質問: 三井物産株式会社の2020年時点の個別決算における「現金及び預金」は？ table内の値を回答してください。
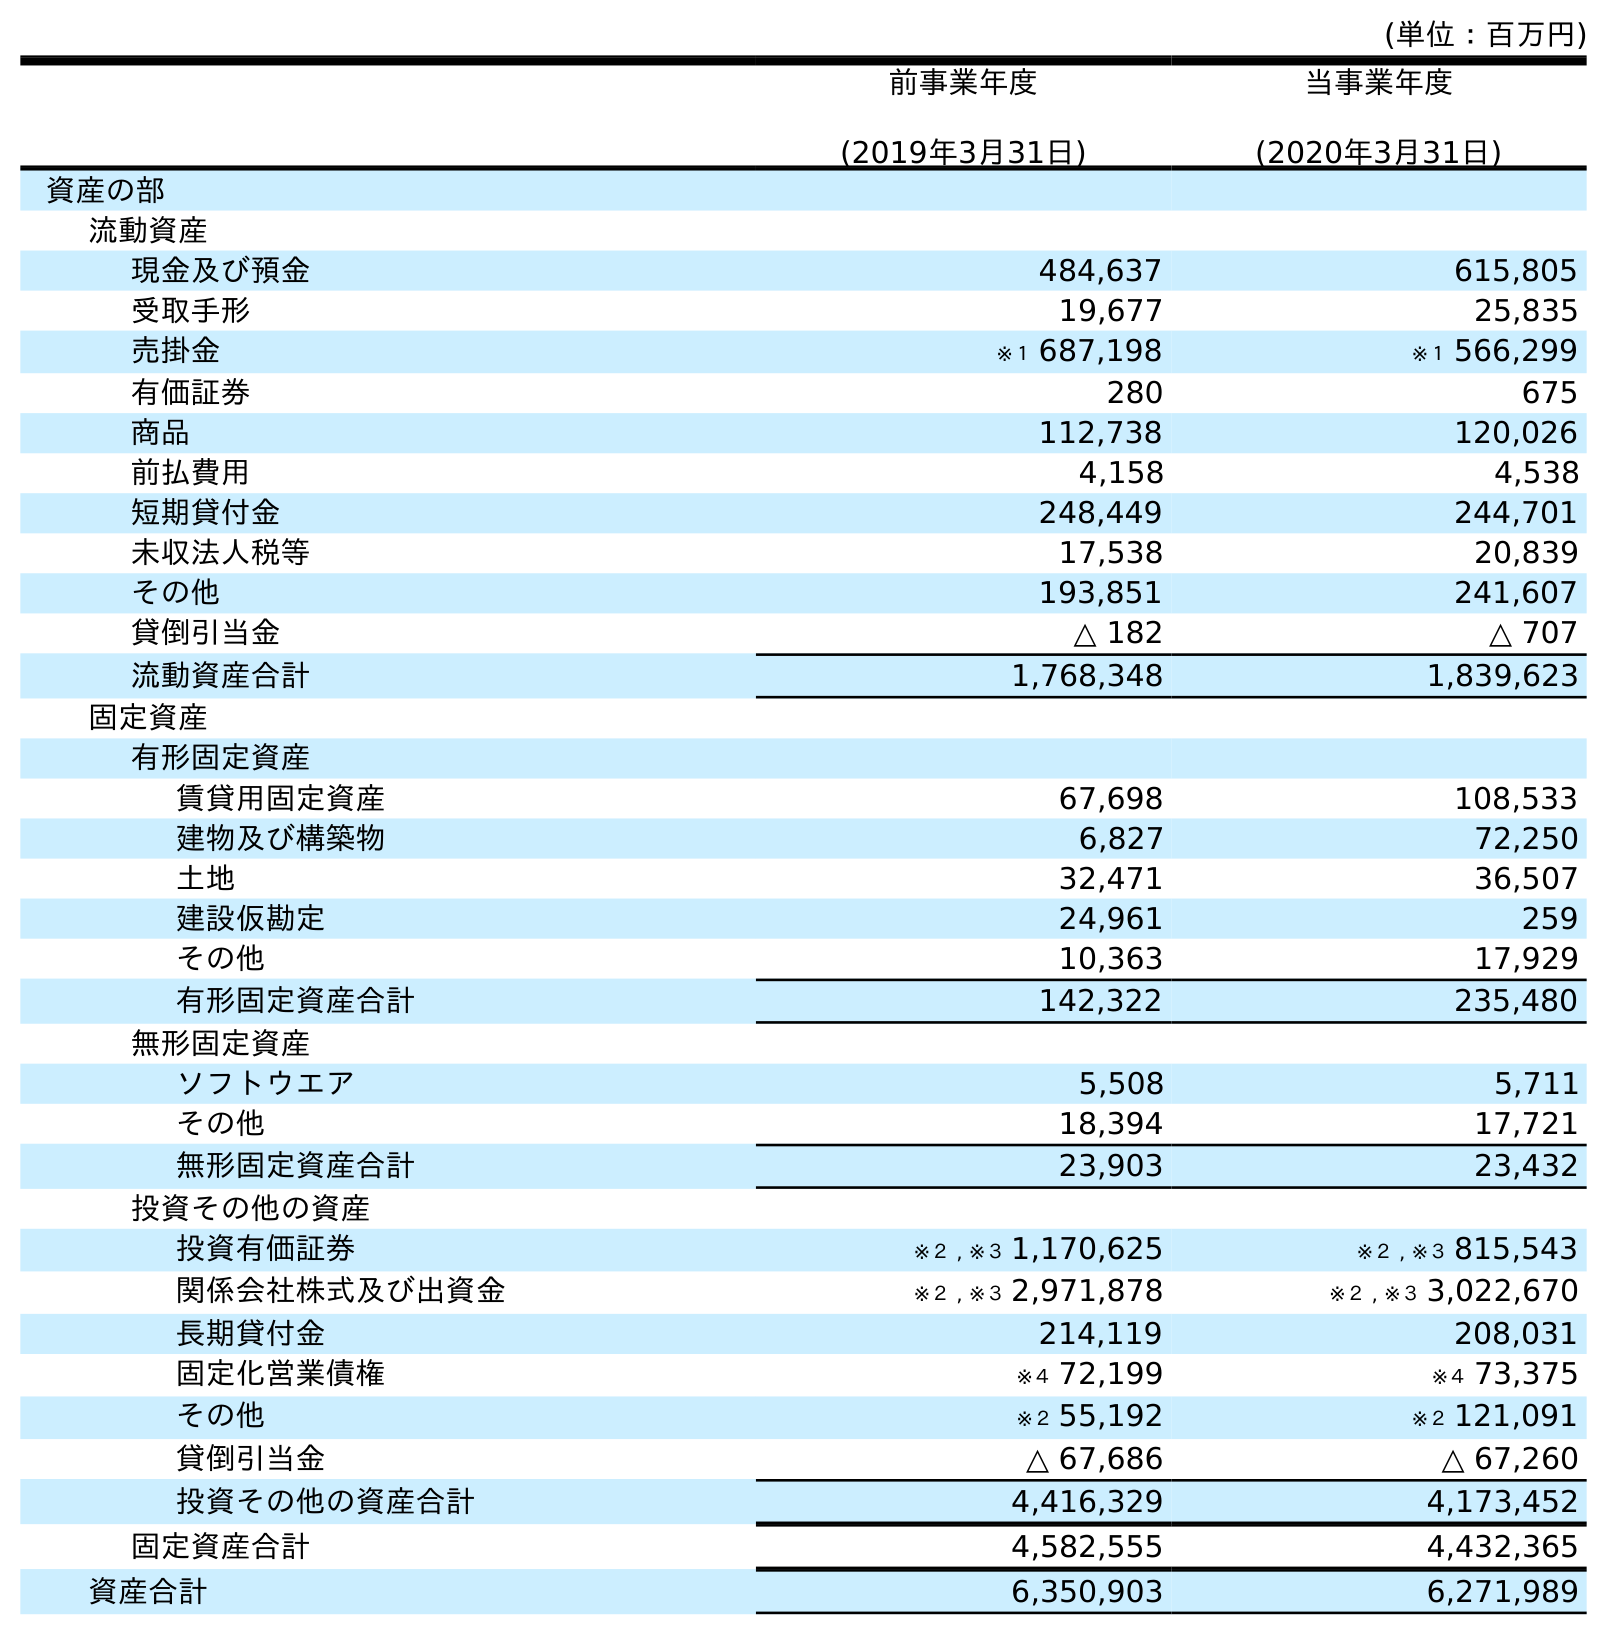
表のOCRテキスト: (単位：百万円) 前事業年度 (2019年3月31日) 当事業年度 (2020年3月31日) 資産の部 流動資産 現金及び預金 484,637 615,805 受取手形 19,677 25,835 売掛金 ※１ 687,198 ※１ 566,299 有価証券 280 675 商品 112,738 120,026 前払費用 4,158 4,538 短期貸付金 248,449 244,701 未収法人税等 17,538 20,839 その他 193,851 241,607 貸倒引当金 △ 182 △ 707 流動資産合計 1,768,348 1,839,623 固定資産 有形固定資産 賃貸用固定資産 67,698 108,533 建物及び構築物 6,827 72,250 土地 32,471 36,507 建設仮勘定 24,961 259 その他 10,363 17,929 有形固定資産合計 142,322 235,480 無形固定資産 ソフトウエア 5,508 5,711 その他 18,394 17,721 無形固定資産合計 23,903 23,432 投資その他の資産 投資有価証券 ※２ , ※３ 1,170,625 ※２ , ※３ 815,543 関係会社株式及び出資金 ※２ , ※３ 2,971,878 ※２ , ※３ 3,022,670 長期貸付金 214,119 208,031 固定化営業債権 ※４ 72,199 ※４ 73,375 その他 ※２ 55,192 ※２ 121,091 貸倒引当金 △ 67,686 △ 67,260 投資その他の資産合計 4,416,329 4,173,452 固定資産合計 4,582,555 4,432,365 資産合計 6,350,903 6,271,989
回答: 615,805